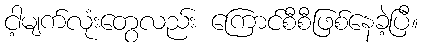
ငါ့မျက်လုံးတွေလည်း ကြောင်စီစီဖြစ်နေခဲ့ပြီ။